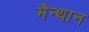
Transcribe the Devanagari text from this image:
मैन्थान